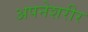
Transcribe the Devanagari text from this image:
अपनेशरीर